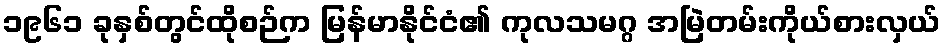
၁၉၆၁ ခုနှစ်တွင်ထိုစဉ်က မြန်မာနိုင်ငံ၏ ကုလသမဂ္ဂ အမြဲတမ်းကိုယ်စားလှယ်